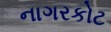
નાગરકોટ